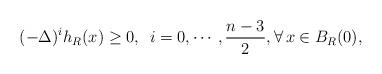
LaTeX: \begin{align*} (-\Delta)^{i} h_{R}(x)\geq 0,\,\,\, i=0,\cdots, \frac{n-3}{2}, \forall \, x\in B_{R}(0),\end{align*}